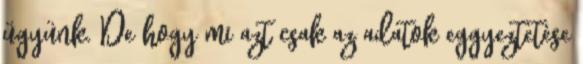
ügyünk. De hogy mi azt csak az adatok eggyeztetése